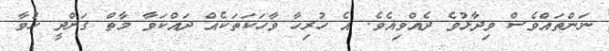
ނަންތައްވެސް ވިދާޅުވެ ދެއްވިއެވެ. އެ ހުރިހާ ވާހަކަތަކެއް ދައްކަވާ މާތް ގަންދީ ހުވާ